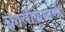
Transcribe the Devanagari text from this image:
कालीकुलार्णव